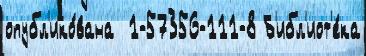
опубл'ико́вана  1-57356-111-8 Б'ибл'иот'е́ка